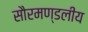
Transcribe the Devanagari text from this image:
सौरमण्डलीय